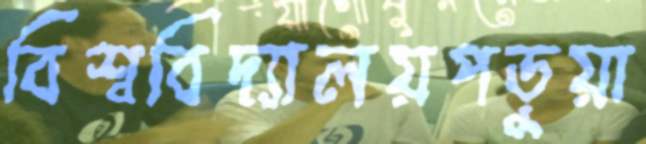
বিশ্ববিদ্যালয়পড়ুয়া